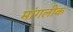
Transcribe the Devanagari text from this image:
मांगलीक